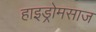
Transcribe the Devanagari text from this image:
हाइड्रोमसाज